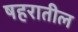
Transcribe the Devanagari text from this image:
षहरातील